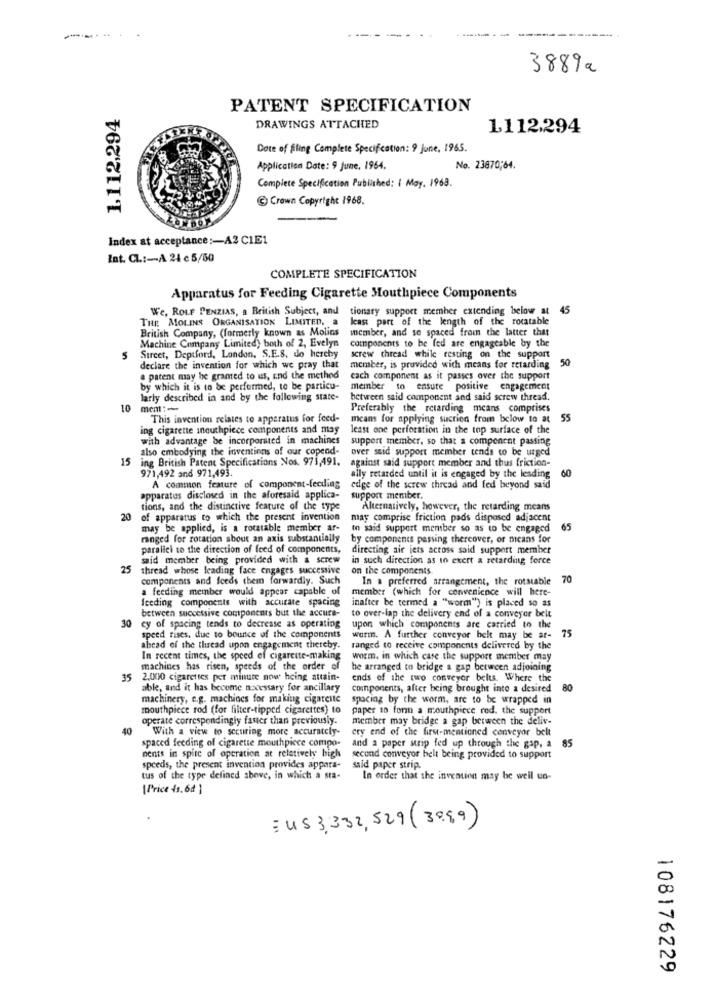
3889a
1.112,294
PATENT SPECIFICATION
DRAWINGS ATTACHED
1,112.294
Date of fling Complete Specification: 9 june, 1965.
Application Date: 9 June, 1964.
No. 23870;64.
Complete Specification Published: i May. 1963.
C) Crown Copyright 1968.
Index at acceptance :- A2 C1E1
Int. CL .:- A 24 c 5/50
COMPLETE SPECIFICATION
Apparatus for Feeding Cigarette Mouthpiece Components
We, ROLF PENZIAS, a British Subject, and tionary support member extending below at
45
THE MOLINS ORGANISATION LIMITED, a
least part of the length of the rocatable
British Company, (formerly known as Molins
member, and se spaced from the latter that
Machine Company Limited, both of 2, Evelyn
Street, Deptford, London, S.E.S. do hereby
components to be fed are engageable by the
5
screw thread while resting on the support
50
declare the invention for which we pray that
member, is provided with means for retarding
a patent may be granted to us, and the method
cach component as it passes over the support
by which it is to be performed, to be particu-
member to ensure positive engagement
larly described in and by the following state-
between said component and said screw thread.
10
mem :-
Preferably the retarding means comprises
This invention relates to apparatus for feed-
means for applying suction from below to at
55
ing cigarette mnouchpiece components and may
least one perforation in the top surface of the
with advantage be incorporated in machines
support member, so that a component passing
also embodying the inventions of our copend-
over said support member tends to be urged
15 ing British Patent Specifications Nos. 975,491.
against said support member and thus friction-
971,492 and 971,493.
60
ally retarded until it is engaged by the leading
A common feature of component-feeding
edge of the screw thread and fed beyond said
apparatus disclosed in the aforesaid applica-
support member.
tions, and the distinctive feature of the type
Alternatively, however, the retarding means
20 of apparatus to which the present invention
may comprise friction pads disposed adjacent
may be applied, is a rotatable member ar-
io said support member so as to be engaged
65
ranged for rotation about an axis substantially
by components passing thereover, or means for
paralici to the direction of feed of components,
directing air jets across said support member
said member being provided with a screw
in such direction as to exert a retarding force
25
thread whose leading face engages successive
on the components
components and feeds them forwardly. Such
In a preferred arrangement, the rotatable
70
a feeding member would appear capable of
member (which for convenience will here-
Iceding components with accurate spacing
inafter be termed a "worm") is placed so as
between successive components but the accura-
30
to over-lap the delivery end of a conveyor belt
cy of spacing tends to decrease as operating
upon which components are carried to the
75
speed rises, due to bounce of the components
warm. A further conveyor helt may be ar-
ahead of the thread upon engagement thereby.
ranged to receive components delivered by the
In recent times, the speed of cigarette-making
woem, in which case the support member may
machines has risen, speeds of the order of
be arranged to bridge a gap between adjoining
35
2,000 cigarettes per minute now heing attain-
ends of the two conveyor belts. Where the
able, and it has become nxcessary for ancillary
components, after being brought into a desired
80
machinery, e.g. machines for making cigarette
spacing by the worm, are to be wrapped in
mouthpiece rod (for filter-tipped cigarettes) to
paper to fonn a mouthpiece red. the support
operate correspondingly faster than previously.
member may bridge a gap between the deliv-
40
With a view to securing more accurately-
ery end of the first-mentioned conveyor belt
spaced feeding of cigarette mouthpiece compo-
and a paper strip fed up through the gap, a 85
nents in spite of operation at relatively bigh
second conveyor helt being provided to support
speeds, the present invention provides appara-
said paper strip.
tus of the type defined above, in which a sta-
In order that the invention may be well un-
[Price 43.64 ]
:US 3,332, 529 ( 3889)
108176229